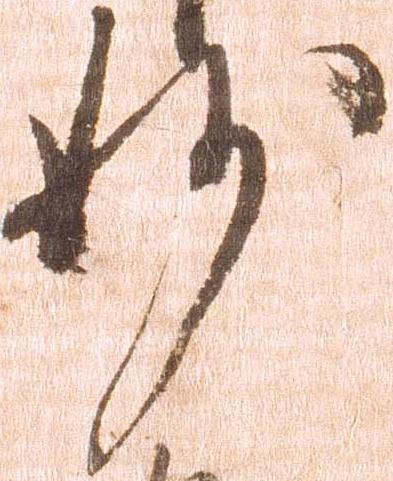
妙